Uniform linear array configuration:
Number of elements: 24
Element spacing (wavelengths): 0.5
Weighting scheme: kaiser
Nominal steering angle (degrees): -60
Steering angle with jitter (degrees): -61.026
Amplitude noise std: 0.05
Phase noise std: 0.05

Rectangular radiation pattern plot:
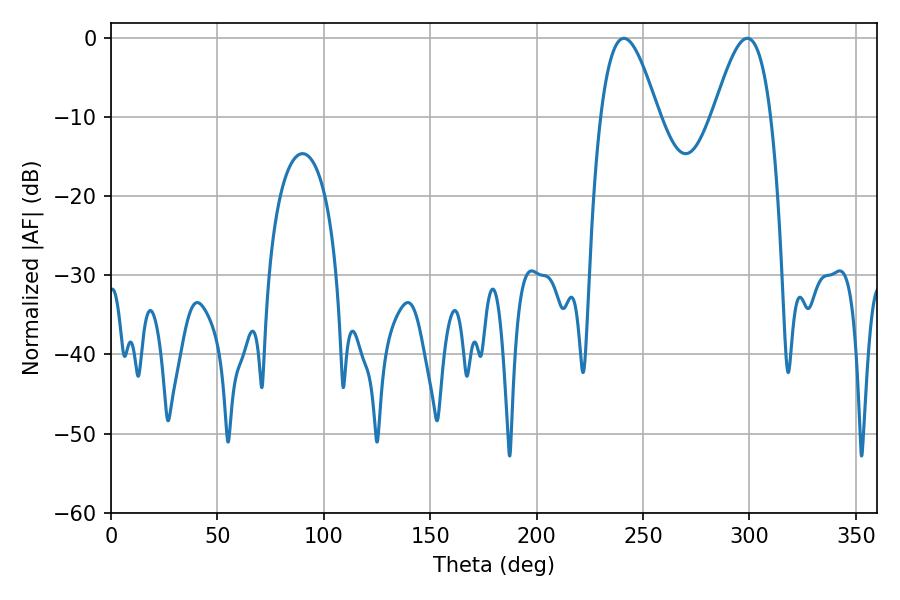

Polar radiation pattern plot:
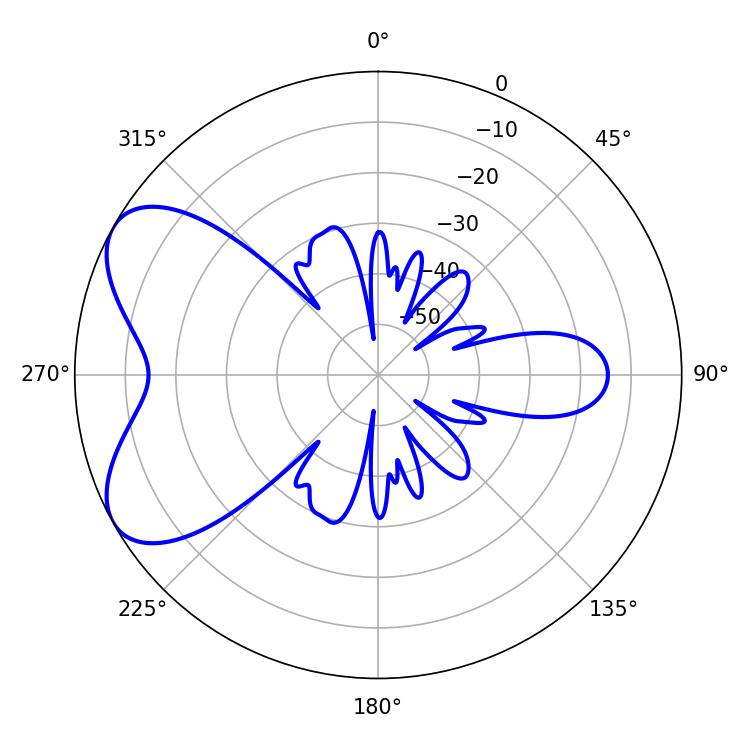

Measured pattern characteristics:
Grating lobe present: FALSE
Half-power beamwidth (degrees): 14.58
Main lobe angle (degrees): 241.02